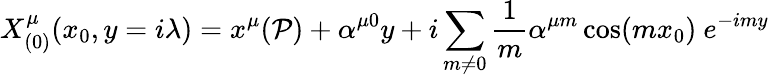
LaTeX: X_{(0)}^{\mu}(x_{0},y=i\lambda)=x^{\mu}(\mathcal{P})+\alpha^{\mu 0}y+i\sum_{m\neq 0}\frac{1}{m}\alpha^{\mu m}\cos(mx_{0})\ e^{-imy}